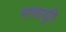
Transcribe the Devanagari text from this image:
सत्कादृष्टि